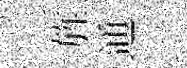
旌通